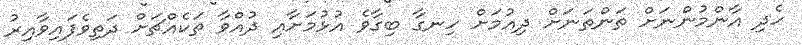
ހެދި އާންމުންނަށް ތަންތަނަށް ދިއުމަށް ހިނގާ ބިގާވެ އުޅުމަށާއި ދުއްވާ ތަކެއްޗަށް ދަތިވެފައިވާއިރު